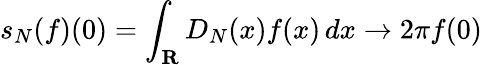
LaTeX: s_{N}(f)(0)=\int_{\mathbf{R}}D_{N}(x)f(x)\, dx\to 2\pi f(0)